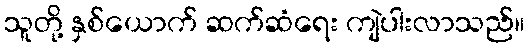
သူတို့ နှစ်ယောက် ဆက်ဆံရေး ကျဲပါးလာသည်။